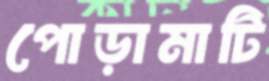
পোড়ামাটি